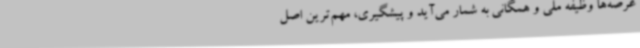
عرصه‌ها وظیفه ملی و همگانی به شمار می‌آید و پیشگیری، مهم‌ترین اصل